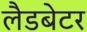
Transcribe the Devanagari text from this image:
लैडबेटर